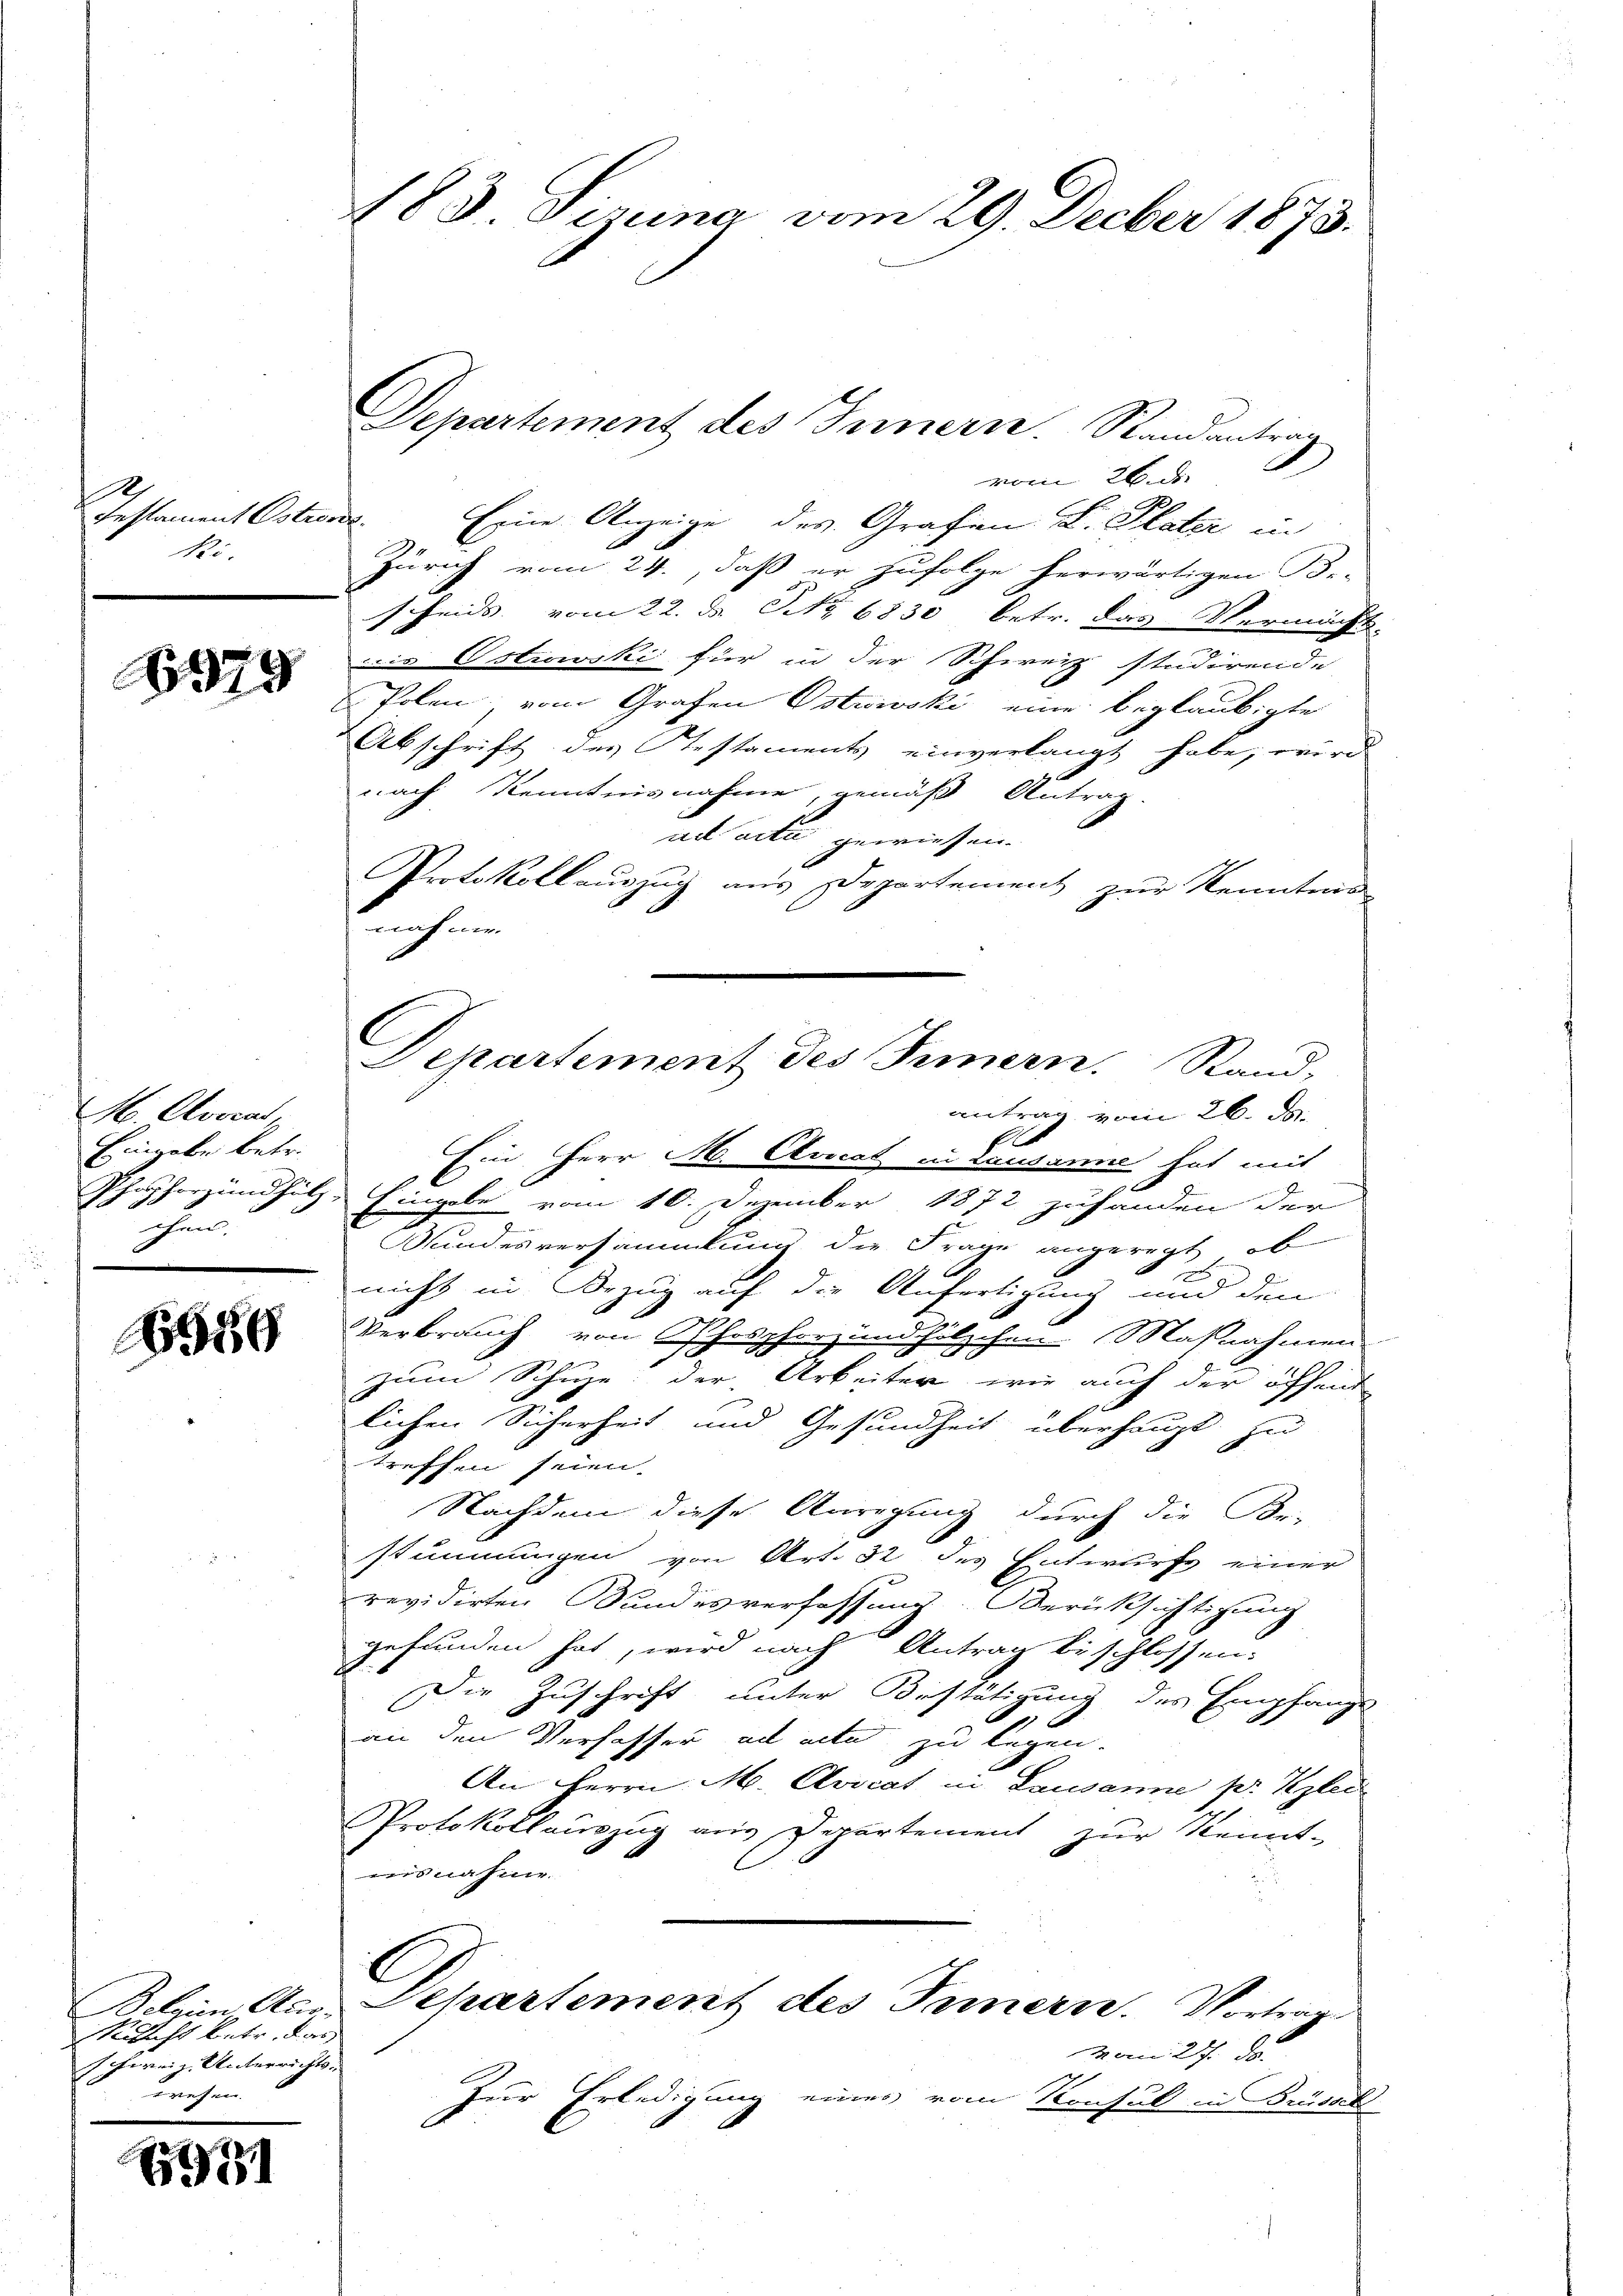
1
Iestament Ostrorde
Ri.

6979

No Alvocat,
Eingabe betr.
chen.

6956

Richt betr. das
schweiz. Unterrichtserechen

71

183. Sirna vom 29. Decber 1873.

vom 26. d.
Eine Anzeige des Grafen L. Plater in
Zürich vom 24., daß er zufolge herwärtigen Be-
scheids vom 22. d. Nr. 6830 betr. das Vermächt
die Ostiowski für in der Schweiz studirende
Polen, vom Grafen Ostwwski eine beglaubigte
Abschrift des Testaments einverlangt habe, wird
nach Kenntnisnahme, gemäß Antrag.
ad acta gewiesen.
Protokollauszug aus Departement zur Kenntnis
nehmen

Departement des Innern. Randantrag

antrag vom 26. ds.
Ein Herr M. Avicat in Lausanne hat mit
Phosphorzundholz- Eingabe vom 10. Dezember 1872 zuhanden der
Stundesversammlung die Frage angeregt, ob
2
nicht in Bezug auf die Anfortigung und den
Verbrauch von Phosphorz und hölzchen Maßnahmen
7
zum Schuze: der Arbeiter, wie auch der öffent
lichen Sicherheit und Gesundheit überhaupt zu
treffen seien.
Nachdem diese Anregung durch die Be-
stimmungen von Art. 32 des Entwurfs einer
revidirten Bundesverfassung. Berücksichtigung
gefunden hat, wird nach Antrag beschlossen:
Die Zuschrift unter Bestätigung des Empfangs
E
an den Verfasser ad acte zu legen.
An Herrn M. Clvicat in Lausanne pr Iglec
Protokollauszug aus Departement zur Kennt-
nisnahme.
l
Bolzen Aus Departement des Innern. Vortrage
Mann 2 de
Zur Erledigung eines vom Konsul in Brüssel

C
Departement des Innern. Stand,